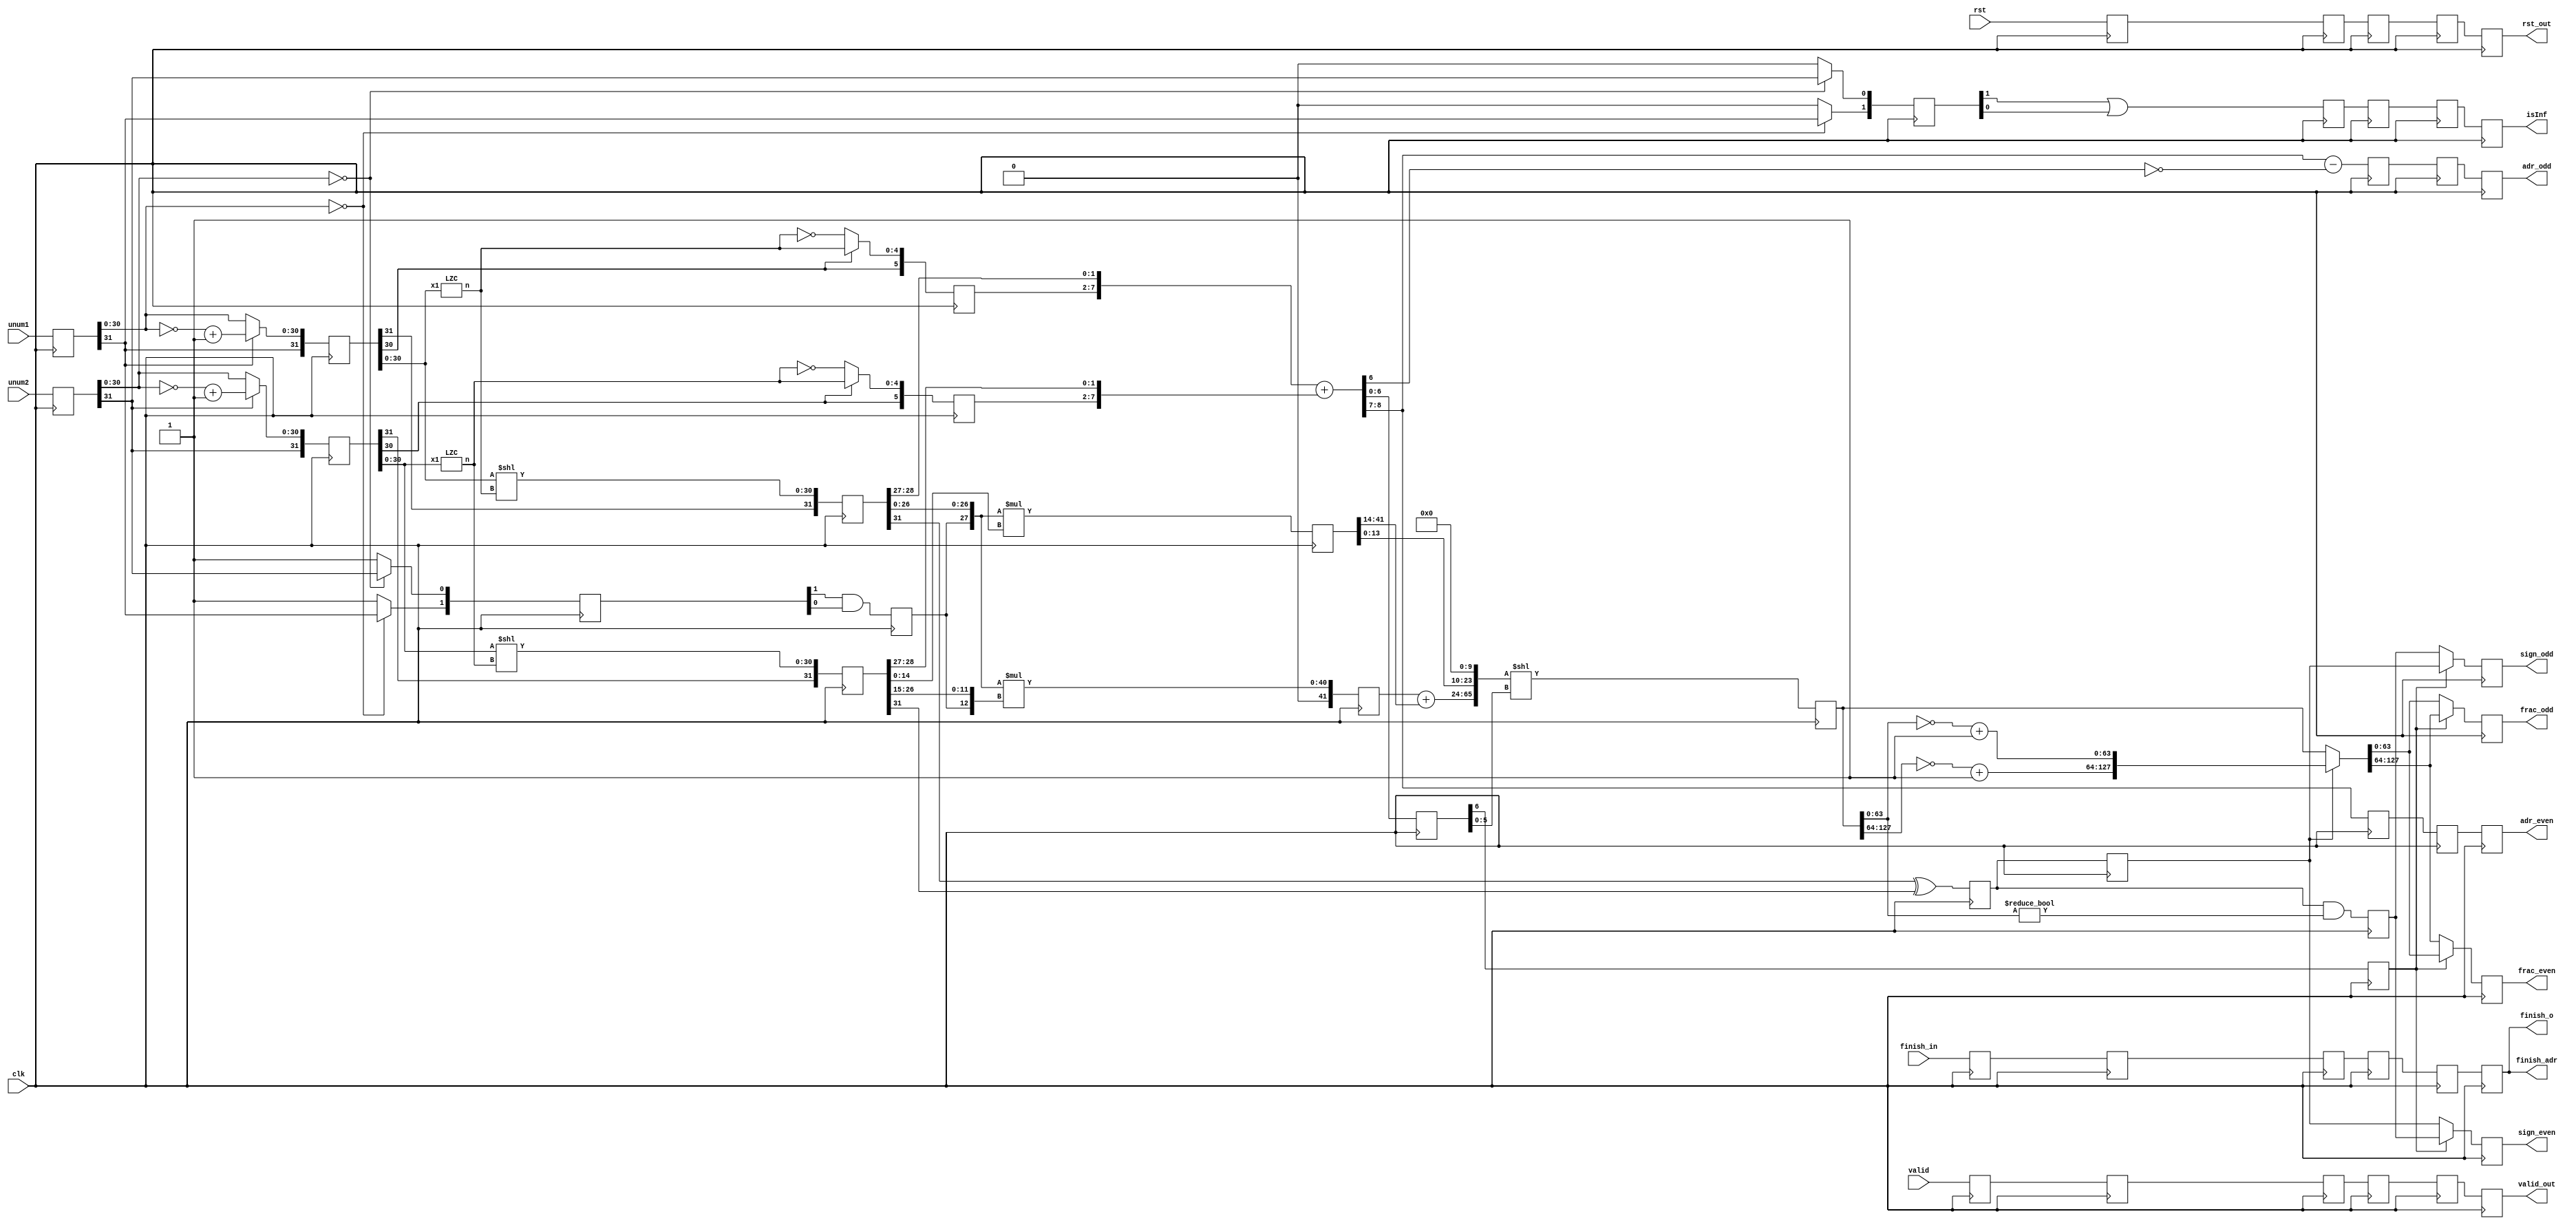
module unum_CSA(
	input clk,
	input[31:0] unum1,
	input[31:0] unum2,
	input finish_in,
	input rst,
	input valid,
	
	output[63:0] frac_even,
	output[63:0] frac_odd,
	output[1:0] adr_even,
	output[1:0] adr_odd,
	output finish_adr,
	output finish_o,
	output isInf, 
	output sign_even,
	output sign_odd,
	output rst_out,
	output valid_out
					);

reg[31:0] unum1_0,unum2_0;
reg finish_0,rst_0,valid_0;
//0st in order to reduce the delay, first buffer all the input 
always@(posedge clk)begin
	unum1_0<=unum1;
	unum2_0<=unum2;
	finish_0<=finish_in;
	rst_0<=rst;
	valid_0<=valid;
end

					
//1st: check whether the input number is special situations: zero and Inf
//If the number is nagative, change it from 2's complement to original  
reg[1:0] isZero_1;   //isZero[1]: unum1   [0]: unum2    =0 if value is zero
reg[1:0] isInf_1;	 //isInf[1]: unum1    [0]: unum2    =1 if value is Inf
reg[31:0] temp1,temp2;  //store changed or unchange input numbers
//reg[4:0] unum1_shift,unum2_shift; //result of zero/one counting
reg finish_1;
reg rst_1;
reg valid_1;
wire[4:0] n1,n2;//result of leading zero count
wire[30:0] unum1_2s,unum2_2s;
assign unum1_2s=unum1_0[31]?(~unum1_0[30:0]+31'b1):unum1_0[30:0];
assign unum2_2s=unum2_0[31]?(~unum2_0[30:0]+31'b1):unum2_0[30:0];					
always@(posedge clk)begin
	if(unum1_0[30:0]==31'b0)begin isZero_1[1]<=unum1_0[31]; isInf_1[1]<=unum1_0[31]; end
	else begin isZero_1[1]<=1'b1; isInf_1[1]<=1'b0;end 
	
	if(unum2_0[30:0]==31'b0)begin isZero_1[0]<=unum2_0[31]; isInf_1[0]<=unum2_0[31]; end
	else begin isZero_1[0]<=1'b1; isInf_1[0]<=1'b0; end
	
	temp1<=unum1_2s;  /// change unum from 2nd complement to original
	
	temp2<=unum2_2s;
	
	finish_1<=finish_0;
	valid_1<=valid_0;
	
	temp1[31]<=unum1_0[31];
	temp2[31]<=unum2_0[31];
	
	rst_1<=rst_0;
end


//2nd: Left shift the temp so that the exponent bits, sign bit and fraction bits will in the certain positions.
//change regime bits and exponent bits into exponent value in 2's complement format
reg isInf_2;  //if one of the input numbers is Inf, this bit will be 1
reg[31:0] temp1_2,temp2_2;  //[31]:sign bit   [30]: ==1 if component value is negative, ==0 if zero or positive. [29]: ~[30]      [28:26]:exponent bits [25:0]:fraction bit 
reg[7:2] expo_num1, expo_num2; //store exponent values
reg NaN_2;
reg rst_2;
reg isZero_2;
reg finish_2;
reg valid_2;
always@(posedge clk)begin        ///2nd
	temp1_2[30:0]<=temp1[30:0]<<n1;
	temp2_2[30:0]<=temp2[30:0]<<n2;
	temp1_2[31]<=temp1[31];
	temp2_2[31]<=temp2[31];	
	
	if(temp1[30]) begin expo_num1[6:2]<=n1; end
	else begin expo_num1[6:2]<=~n1; end
	expo_num1[7]<=temp1[30];
	
	
	if(temp2[30]) begin expo_num2[6:2]<=n2; end
	else begin expo_num2[6:2]<=~n2; end
	expo_num2[7]<=temp2[30];
	
	isInf_2<=isInf_1[1]|isInf_1[0];
	NaN_2<=(isInf_1[1]&~isZero_1[0])|(~isZero_1[1]&isInf_1[0]);
	
	isZero_2<=isZero_1[1]&isZero_1[0];
	
	finish_2<=finish_1;
	valid_2<=valid_1;
	rst_2<=rst_1;

end
LZC lzc1(.x1(temp1[30:0]),.n(n1));
LZC lzc2(.x1(temp2[30:0]),.n(n2));

reg isInf_3;  //if one of the input numbers is Inf, this bit will be 1
reg[8:0] expo_numo;
reg sign_3;
reg rst_3;
//wire[55:0] frac_numo;
reg finish_3;
reg valid_3;
reg[1:0] adress_odd_3,adress_even_3;
wire[8:0] expo_numow;
wire[27:0] frac_num1_3,frac_num2_3;
assign expo_numow={expo_num1[7:2],temp1_2[28:27]}+{expo_num2[7:2],temp2_2[28:27]};
assign frac_num1_3={isZero_2,temp1_2[26:0]};
assign frac_num2_3={isZero_2,temp2_2[26:0]};
reg[41:0] product_l,product_h;
always@(posedge clk)begin
	expo_numo<=expo_numow;
	product_l<=frac_num1_3*frac_num2_3[14:0];
	product_h<=frac_num1_3*frac_num2_3[27:15];
	adress_even_3<=expo_numow[8:7];
	adress_odd_3<=expo_numow[8:7]-{1'b0,~expo_numow[6]};
	sign_3<=temp1_2[31]^temp2_2[31];
	isInf_3<=isInf_2;
	finish_3<=finish_2;
	rst_3<=rst_2;
	valid_3<=valid_2;
end

reg isInf_4;
reg sign_even_4,sign_odd_4;
reg finish_4;
reg rst_4;
reg valid_4;
reg[1:0] adress_odd_4,adress_even_4;
reg[127:0] shift_result;
reg sign_w;
reg sign_4;
reg choose_evenodd;
wire[55:0] product;
assign product[13:0]=product_l[13:0];
assign product[55:14]=product_h+{14'b0,product_l[41:14]};
always@(posedge clk)begin
	isInf_4<=isInf_3;
	adress_even_4<=adress_even_3;
	adress_odd_4<=adress_odd_3;
	shift_result<={62'b0,product,10'b0}<<expo_numo[5:0];
	sign_w<=sign_3&(shift_result[63:0]!=64'b0);
	sign_4<=sign_3;
	choose_evenodd<=expo_numo[6];
	
	valid_4<=valid_3;
	finish_4<=finish_3;
	rst_4<=rst_3;
end

reg valid_5,finish_5,rst_5,isInf_5;
reg[1:0] adress_odd_5,adress_even_5;
reg sign_even_5,sign_odd_5;
reg[63:0] odd, even;
wire[127:0] shift_2s;
assign shift_2s=sign_4?{~shift_result[127:64]+64'b1,~shift_result[63:0]+64'b1}:shift_result;
always@(posedge clk)begin
	if(choose_evenodd)begin
		{odd,even}<=shift_2s;
		{sign_odd_5,sign_even_5}<={sign_4,sign_w};
	end 
	else begin
		{even,odd}<=shift_2s;
		{sign_even_5,sign_odd_5}<={sign_4,sign_w};	
	end
	
	
	adress_even_5<=adress_even_4;
	adress_odd_5<=adress_odd_4;
	isInf_5<=isInf_4;
	valid_5<=valid_4;
	finish_5<=finish_4;
	rst_5<=rst_4;
end

//reg isInf_4;
//reg sign_even_4,sign_odd_4;
//reg[63:0] odd, even;
//reg finish_4;
//reg rst_4;
//reg valid_4;
//reg[1:0] adress_odd_4,adress_even_4;
//wire[127:0] shift_result,shift_2s;
//wire sign_w;
//assign shift_result={62'b0,frac_numo,10'b0}<<expo_numo[5:0];
//assign shift_2s=sign_3?{~shift_result[127:64]+64'b1,~shift_result[63:0]+64'b1}:shift_result;
//assign sign_w=sign_3&(shift_result[63:0]!=64'b0);
//always@(posedge clk)begin
//	isInf_4<=isInf_3;
//	adress_even_4<=adress_even_3;
//	adress_odd_4<=adress_odd_3;
//	if(expo_numo[6])begin
//		{odd,even}<=shift_2s;
//		{sign_odd_4,sign_even_4}<={sign_3,sign_w};
//	end 
//	else begin
//		{even,odd}<=shift_2s;
//		{sign_even_4,sign_odd_4}<={sign_3,sign_w};	
//	end
	
//	valid_4<=valid_3;
//	finish_4<=finish_3;
//	rst_4<=rst_3;
//end



assign frac_even=even;
assign frac_odd=odd;
assign adr_even=adress_even_5;
assign adr_odd=adress_odd_5;
assign finish_adr=finish_5;
assign finish_o=finish_5;
assign isInf=isInf_5;
assign sign_even=sign_even_5;
assign sign_odd=sign_odd_5;
assign rst_out=rst_4;
assign valid_out=valid_5;



endmodule 


//LZC(leading zero counter) module is designed based on MODULAR DESIGN OF FAST LEADING ZEROS COUNTING CIRCUIT (http://iris.elf.stuba.sk/JEEEC/data/pdf/6_115-05.pdf)
module LZC(
			input[30:0] x1,
			output[4:0] n
			);
wire[7:0] a;
wire[15:0] z;
reg[31:0] x;
reg [1:0] n1;
wire[2:0] y;
assign n[1:0]=n1[1:0];
assign n[4:2]=y;

always@(*)begin

	if(x1[30]) begin x[31:2]=~x1[29:0]; end			//if the number starts with 1, inverse it
	else begin x[31:2]=x1[29:0]; end
	x[1:0]=2'b10;
	case(y)
	3'b000: n1[1:0]=z[1:0];
	3'b001: n1[1:0]=z[3:2];
	3'b010: n1[1:0]=z[5:4];
	3'b011: n1[1:0]=z[7:6];
	3'b100: n1[1:0]=z[9:8];
	3'b101: n1[1:0]=z[11:10];
	3'b110: n1[1:0]=z[13:12];
	3'b111: n1[1:0]=z[15:14];
	endcase
end
BNE BNE1(.a(a), .y(y));			
NLC NLC7(.x(x[3:0]),		.a(a[7]), 	.z(z[15:14]) );
NLC NLC6(.x(x[7:4]),		.a(a[6]), 	.z(z[13:12]) );
NLC NLC5(.x(x[11:8]),	.a(a[5]),	.z(z[11:10]) );
NLC NLC4(.x(x[15:12]),	.a(a[4]), 	.z(z[9:8])  );
NLC NLC3(.x(x[19:16]),	.a(a[3]), 	.z(z[7:6])  );
NLC NLC2(.x(x[23:20]),	.a(a[2]), 	.z(z[5:4])  );
NLC NLC1(.x(x[27:24]),	.a(a[1]), 	.z(z[3:2])  );
NLC NLC0(.x(x[31:28]),	.a(a[0]), 	.z(z[1:0])  );
endmodule


module BNE(
			input[7:0] a,
			output[2:0] y 
			);
assign y[2]=a[0]&a[1]&a[2]&a[3];
assign y[1]=a[0]&a[1]&(~a[2]|~a[3]|(a[4]&a[5]));
assign y[0]=a[0]&(~a[1]|(a[2]&~a[3]))|(a[0]&a[2]&a[4]&(~a[5]|a[6]));
endmodule



module NLC(
			input[3:0] x,
			output a,
			output[1:0] z
			);

assign z[1]=~(x[3]|x[2]);
assign z[0]=~(((~x[2])&x[1])|x[3]);
assign a=~(x[0]|x[1]|x[2]|x[3]);
endmodule